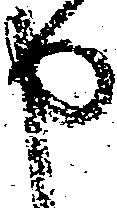
申